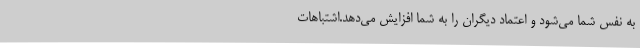
به نفس شما می‌شود و اعتماد دیگران را به شما افزایش می‌دهد.اشتباهات